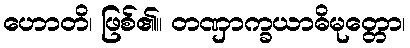
ဟောတိ၊ ဖြစ်၏။ တဏှာက္ခယာဓိမုတ္တော၊